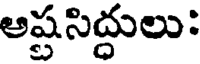
అష్టసిద్ధులు: